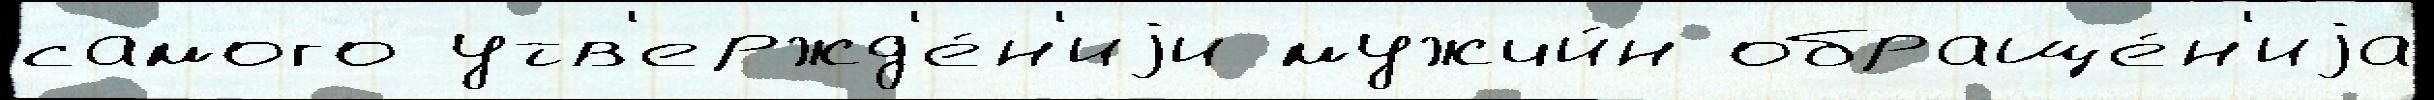
самого утв'ержд'е́н'иjи мужчи́н обраще́н'иjа